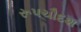
રૂપચૌદશ